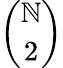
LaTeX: \binom{\mathbb{N}}{2}